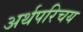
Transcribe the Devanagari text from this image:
अर्थपरिचय